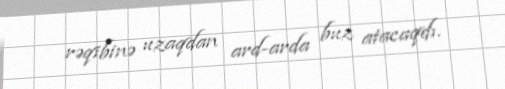
rəqibinə uzaqdan ard-arda buz atacaqdı.